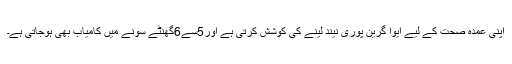
اپنی عمدہ صحت کے لیے ایوا گرین پوری نیند لینے کی کوشش کرتی ہے اور5سے6گھنٹے سونے میں کامیاب بھی ہوجاتی ہے۔